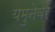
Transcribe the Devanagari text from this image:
यमुनेवर